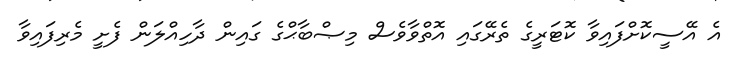
އެ އޭސީކޮށްފައިވާ ކޮޓަރީގެ ތެރޭގައި އޮތްވާވެސް މިޞްބާޙްގެ ގައިން ދާހިއްލަން ފެށީ މެރިފައިވާ